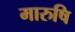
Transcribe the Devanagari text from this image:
मारुषि